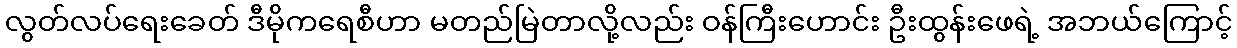
လွတ်လပ်ရေးခေတ် ဒီမိုကရေစီဟာ မတည်မြဲတာလို့လည်း ဝန်ကြီးဟောင်း ဦးထွန်းဖေရဲ့ အဘယ်ကြောင့်